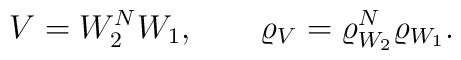
V=W_2^N W_1,\qquad \varrho_V = \varrho_{W_2}^N\varrho_{W_1}.